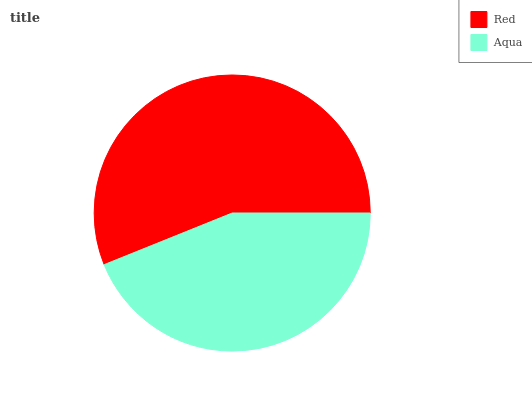
| Red | Aqua |
 | --- | --- |
 | 56.1% | 43.9% |